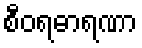
စီဝရဓာရဏာ